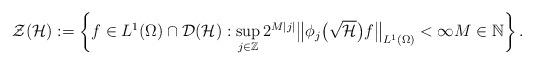
LaTeX: \begin{align*}\mathcal Z (\mathcal{H}):= \left\{ f \in L^1 (\Omega) \cap \mathcal D (\mathcal{H}) : \sup_{j \in\mathbb Z} 2^{ M |j|} \big\| \phi_j \big(\sqrt{\mathcal{H}} \big ) f \big\|_{L^1(\Omega)} < \infty M \in \mathbb N \right\}.\end{align*}